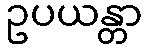
ဥပယန္တာ